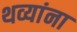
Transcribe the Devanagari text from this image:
थव्यांना